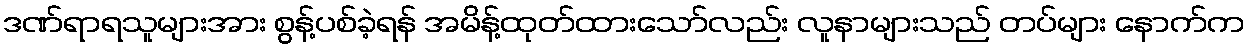
ဒဏ်ရာရသူများအား စွန့်ပစ်ခဲ့ရန် အမိန့်ထုတ်ထားသော်လည်း လူနာများသည် တပ်များ နောက်က